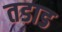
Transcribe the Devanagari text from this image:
तडाड